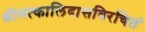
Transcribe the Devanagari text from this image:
श्रीमत्कालिदासविरचितं